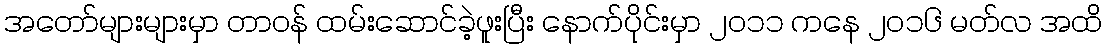
အတော်များများမှာ တာဝန် ထမ်းဆောင်ခဲ့ဖူးပြီး နောက်ပိုင်းမှာ ၂၀၁၁ ကနေ ၂၀၁၆ မတ်လ အထိ